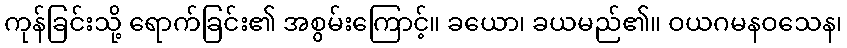
ကုန်ခြင်းသို့ ရောက်ခြင်း၏ အစွမ်းကြောင့်။ ခယော၊ ခယမည်၏။ ဝယဂမနဝသေန၊